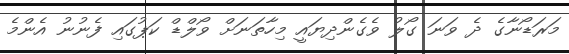
މަރަޑޯނާގެ ދެ ވަނަ ގޯލު ވެގެންދިޔައީ މިހާތަނަށް ވޯލްޑް ކަޕުގައި ފެނުނު އެންމެ